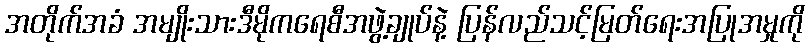
အတိုက်အခံ အမျိုးသားဒီမိုကရေစီအဖွဲ့ချုပ်နဲ့ ပြန်လည်သင့်မြတ်ရေးအပြုအမှုကို